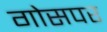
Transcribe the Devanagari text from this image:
गोसपर